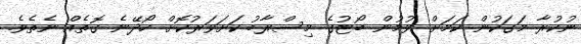
ނުކުރާ މަގަކުން ކަމަށް ވުމުން ބޯޓުގެ މިސްރާބު ކަށަވަރުކޮށް ހޯދޭނެ ގޮތެއް ނެތެވެ.